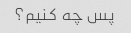
پس چه کنیم؟